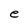
Character: e